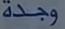
وجدة